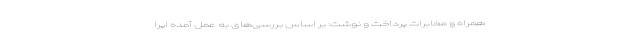
همراه و مخابرات پرداخت و نوشت: بر اساس بررسی‌های به عمل آمده اپرا